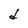
Character: d